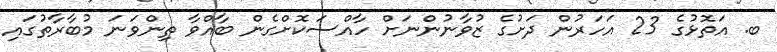
ބ. އަތޮޅުގެ 23 އަހަރުން ދަށުގެ ޒުވާނުންނަށް ހާއްސަކޮށްގެން ބާއްވާ ތިންވަނަ މުބާރާތުގައި